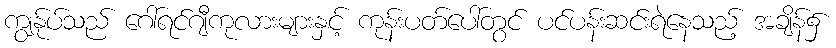
ကျွန်ုပ်သည် ဂေါ်ရင်ဂျီကုလားများနှင့် ကုန်းပတ်ပေါ်တွင် ပင်ပန်းဆင်းရဲနေသည့် အချိန်၌